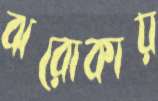
ঝরোকায়